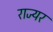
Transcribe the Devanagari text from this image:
राज्यर